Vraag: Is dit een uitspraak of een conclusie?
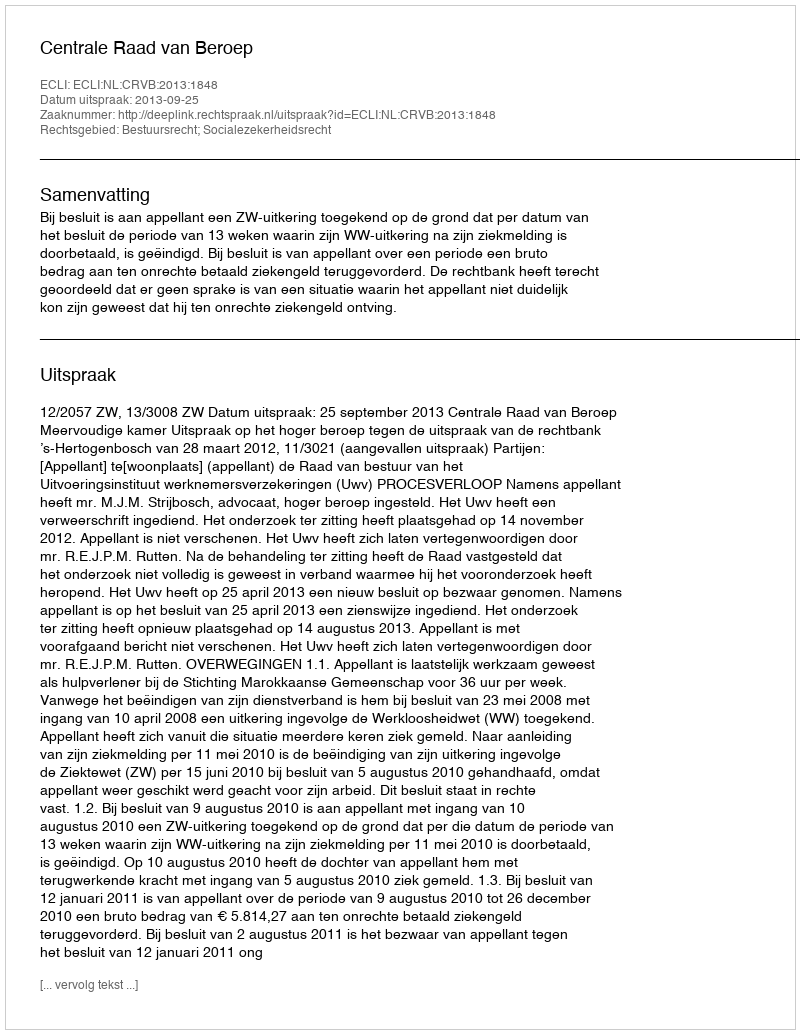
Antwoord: Uitspraak